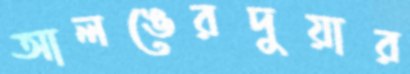
আলঙেরদুয়ার